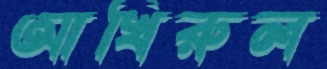
আখিরুল